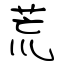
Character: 荒